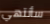
سأنتهي